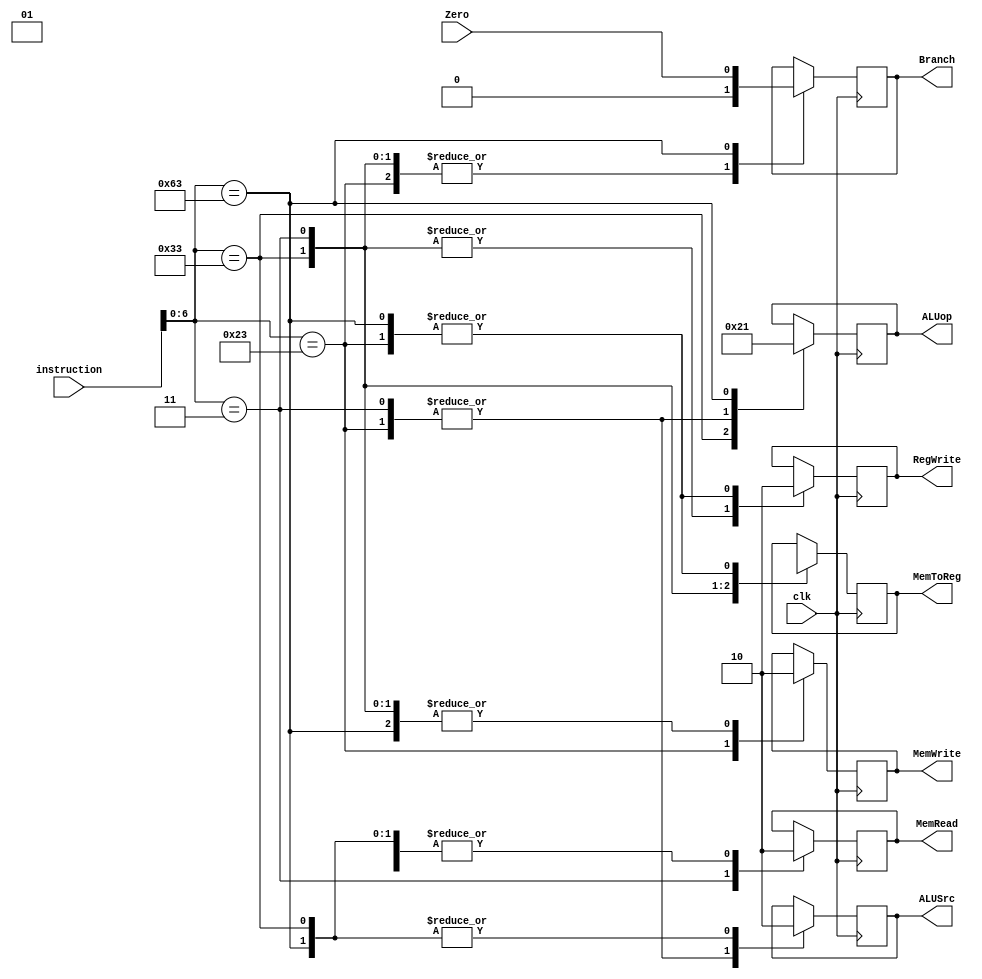
module Controler(clk,instruction,Zero,ALUop,RegWrite,MemRead,MemWrite,MemToReg,ALUSrc,Branch);
  
  input clk,Zero;
  input [31:0] instruction;
  wire [6:0] ins;
  output reg RegWrite,MemRead,MemWrite,MemToReg,ALUSrc,Branch;
  output reg [1:0] ALUop;
  
  
  assign ins = instruction[6:0];
  
  
  always@(posedge clk)
  case(ins)
    
    7'b0110011 :begin
         ALUop = 2;
         RegWrite = 1;
         MemRead = 0;
         MemWrite = 0;
         MemToReg = 0;
         ALUSrc = 0;
         Branch = 0 & Zero;
        end 
        
    7'b0000011 : begin
        ALUop = 0;
        RegWrite = 1;
        MemRead = 1;
        MemWrite = 0;
        MemToReg = 1;
        ALUSrc = 1;
        Branch = 0 & Zero;
        end
        
    7'b0100011 :begin
        ALUop = 0;
        RegWrite = 0;
        MemRead = 0;
        MemWrite = 1;
        MemToReg = 1'bx;
        ALUSrc = 1;
        Branch = 0 & Zero;
        end
        
    7'b1100011 :begin
         ALUop = 1;
         RegWrite = 0;
         MemRead = 0;
         MemWrite = 0;
         MemToReg = 1'bx;
         ALUSrc = 0;
         Branch = 1 & Zero;
        end
  endcase
    
  
endmodule